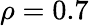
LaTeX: \rho=0.7